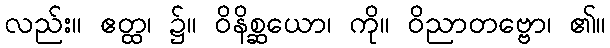
လည်း။ ဧတ္ထ၊ ၌။ ဝိနိစ္ဆယော၊ ကို။ ဝိညာတဗ္ဗော၊ ၏။